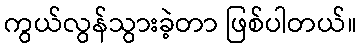
ကွယ်လွန်သွားခဲ့တာ ဖြစ်ပါတယ်။